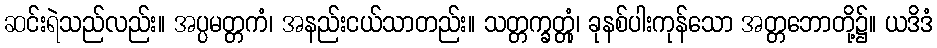
ဆင်းရဲသည်လည်း။ အပ္ပမတ္တကံ၊ အနည်းငယ်သာတည်း။ သတ္တက္ခတ္တုံ၊ ခုနစ်ပါးကုန်သော အတ္တဘောတို့၌။ ယဒိဒံ